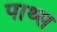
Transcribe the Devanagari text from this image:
पाथ्स